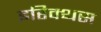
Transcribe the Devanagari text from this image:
इरिक्थस